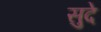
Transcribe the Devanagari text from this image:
सुदे